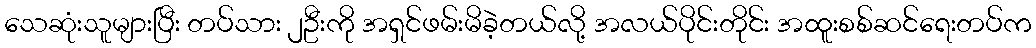
သေဆုံးသူများပြီး တပ်သား ၂ဦးကို အရှင်ဖမ်းမိခဲ့တယ်လို့ အလယ်ပိုင်းတိုင်း အထူးစစ်ဆင်ရေးတပ်က